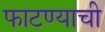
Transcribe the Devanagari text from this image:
फाटण्याची